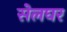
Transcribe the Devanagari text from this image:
सेलघर